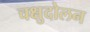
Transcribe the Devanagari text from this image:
चक्षुदोलन